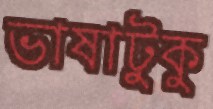
ভাষাটুকু